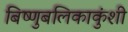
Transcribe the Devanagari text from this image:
बिष्णुबलिकाकुंशी